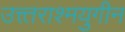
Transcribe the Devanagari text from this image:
उत्त्तराश्मयुगीन